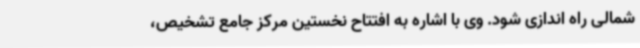
شمالی راه اندازی شود. وی با اشاره به افتتاح نخستین مرکز جامع تشخیص،